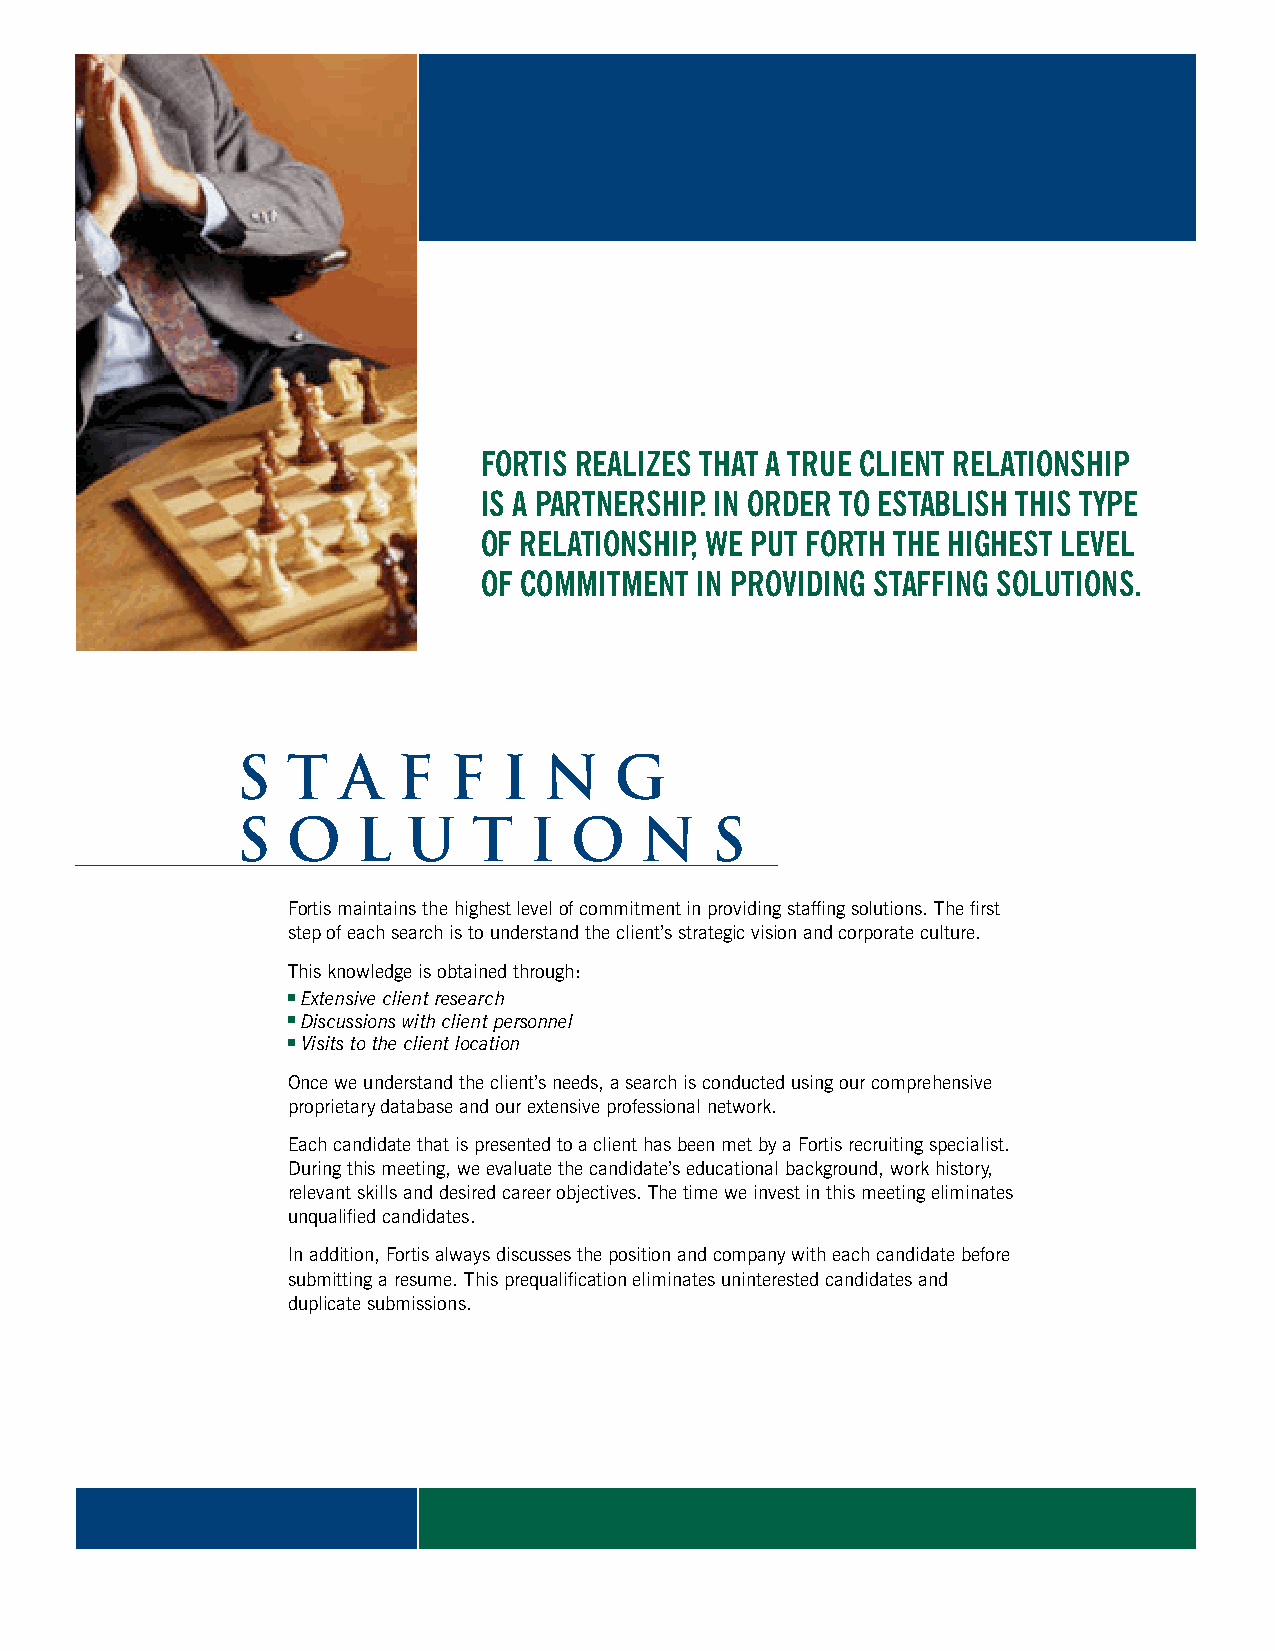
FORTIS REALIZES THAT A TRUE CLIENT RELATIONSHIP
 IS A PARTNERSHIP. IN ORDER TO ESTABLISH THIS TYPE
 OF RELATIONSHIP, WE PUT FORTH THE HIGHEST LEVEL
 OF COMMITMENT IN PROVIDING STAFFING SOLUTIONS.
 S  T   A  F   F  I  N    G
 S  O    L  U   T   I  O   N    S
 Fortis maintains the highest level of commitment in providing staffing solutions. The first
 step of each search is to understand the client’s strategic vision and corporate culture.
 This knowledge is obtained through:
 Extensive client research
 Discussions with client personnel
 Visits to the client location
 Once we understand the client’s needs, a search is conducted using our comprehensive
 proprietary database and our extensive professional network.
 Each candidate that is presented to a client has been met by a Fortis recruiting specialist.
 During this meeting, we evaluate the candidate’s educational background, work history,
 relevant skills and desired career objectives. The time we invest in this meeting eliminates
 unqualified candidates.
 In addition, Fortis always discusses the position and company with each candidate before
 submitting a resume. This prequalification eliminates uninterested candidates and
 duplicate submissions.